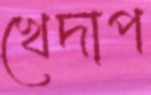
খেদাপ